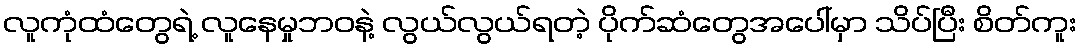
လူကုံထံတွေရဲ့ လူနေမှုဘဝနဲ့ လွယ်လွယ်ရတဲ့ ပိုက်ဆံတွေအပေါ်မှာ သိပ်ပြီး စိတ်ကူး